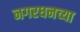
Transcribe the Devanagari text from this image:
नगरधनच्या